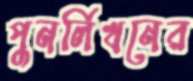
পুনর্লিখনের